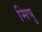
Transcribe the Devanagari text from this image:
मिषु